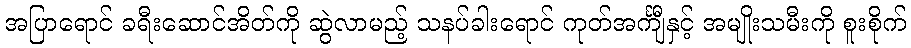
အပြာရောင် ခရီးဆောင်အိတ်ကို ဆွဲလာမည့် သနပ်ခါးရောင် ကုတ်အင်္ကျီနှင့် အမျိုးသမီးကို စူးစိုက်